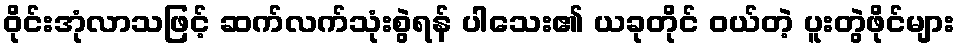
ဝိုင်းအုံလာသဖြင့် ဆက်လက်သုံးစွဲရန် ပါသေး၏ ယခုတိုင် ဝယ်တဲ့ ပူးတွဲဖိုင်များ